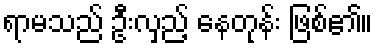
ရာမသည် ဦးလှည့် နေတုန်း ဖြစ်၏။